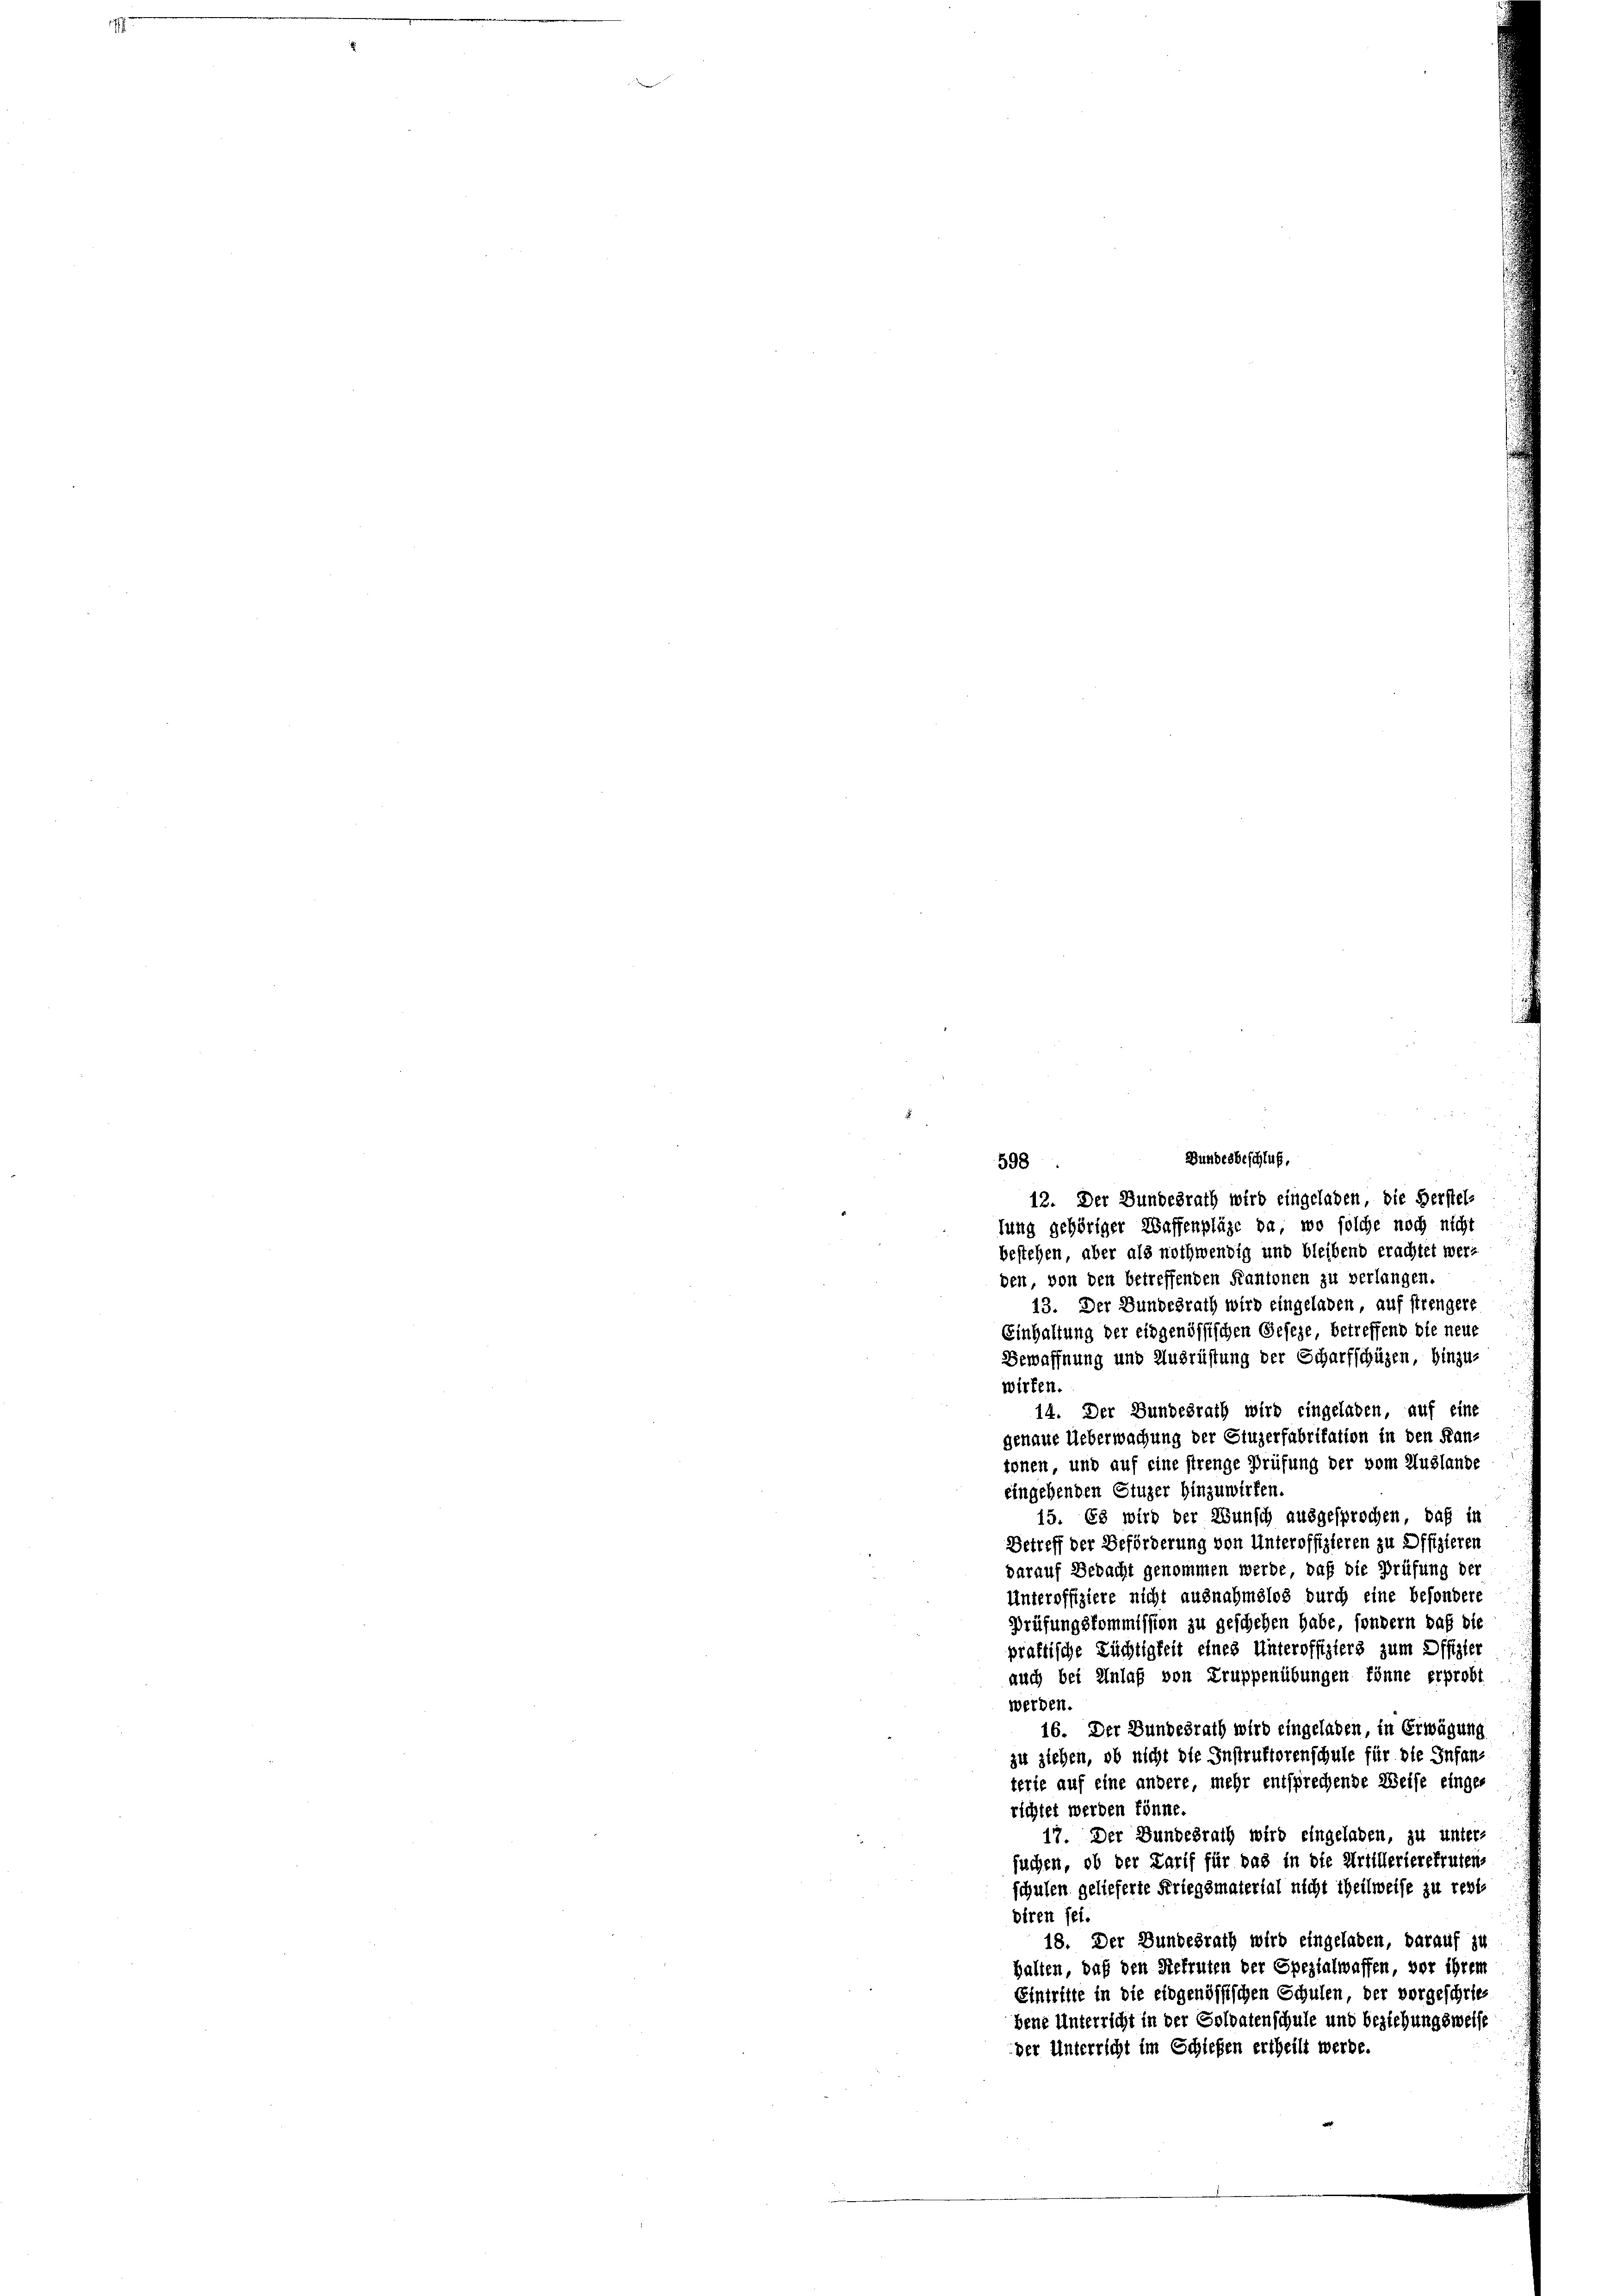
598
lung gehöriger Waffenpläge da, wo solche noch nicht
bestehen, aber als nothwendig und bleibend erachtet werden, von den betreffenden Kantonen zu verlangen.
13. Der Bundesrath wird eingeladen, auf strengere
Einhaltung der eidgenössischen Geseze betreffend die neue
Bewaffnung und Ausrüstung der Scharfschüzen, hinzu-
wirken.
14. Der Bundesrath wird eingeladen, auf eine
genaue Ueberwachung der Gluzerfabritation in den Kan-
tonen, und auf eine strenge Prüfung der vom Auslande
eingehenden Stuzer hinzuwirken.
15. Es wird der Wunsch ausgesprochen, daß in
Betreff der Beförderung von Unteroffizieren zu Offizieren
darauf Bedacht genommen werde, daß die Prüfung der
Unteroffiziere nicht ausnahmslos durch eine besondere
Prüfungskommission zu geschehen habe, sondern daß die
praktische Züchtigkeit eines Unteroffiziers zum Offizier
auch bei Anlaß von Truppenübungen könne erprobt
werden.
16. Der Bundesrath wird eingeladen, in Erwägung
zu ziehen, ob nicht die Instruktorenschule für die Infanterte auf eine andere, mehr entsprechende Weise einges
richtet werden könne.
17. Der Bundesrath wird eingeladen, zu unter-
suchen, ob der Tarif für das in die Artillerierekrutens
schulen gelieferte Kriegsmaterial nicht theilweise zu revis
diren sei.
18. Der Bundesrath wird eingeladen, darauf zu
halten, daß den Stefruten der Spezialwaffen, vor ihrem
Eintritte in die eidgenössischen Schulen, der vorgeschriebene Unterricht in der Soldatenschule und beziehungsweise
der Unterricht im Schiefen ertheilt werde.

Bundesbeschluß,
12. Der Bundesrath wird eingeladen, die Herstel¬